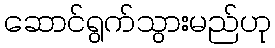
ဆောင်ရွက်သွားမည်ဟု